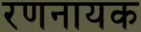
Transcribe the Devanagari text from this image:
रणनायक